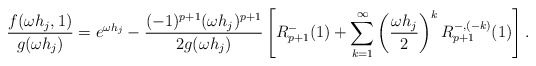
\begin{align*}\frac{f(\omega h_j,1)}{g(\omega h_j)} = e^{\omega h_j} - \frac{(-1)^{p+1} (\omega h_j)^{p+1}}{2g(\omega h_j)} \left[ R^-_{p+1}(1) + \sum_{k=1}^\infty \left(\frac{\omega h_j}{2}\right)^k R^{-,(-k)}_{p+1}(1) \right].\end{align*}